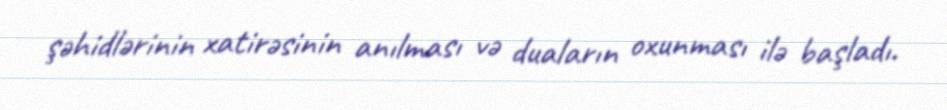
şəhidlərinin xatirəsinin anılması və duaların oxunması ilə başladı.